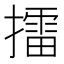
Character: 擂